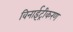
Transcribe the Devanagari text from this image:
विनाईट्रीकरण